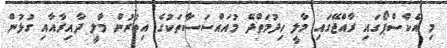
މި އެކްސްޕޯގައި ރާއްޖޭގައި މާލީ ހިދުމަތްދޭ މުއައްސަސާތަކުގެ އިތުރުން މާލީ ދާއިރާއާއި ގުޅުން